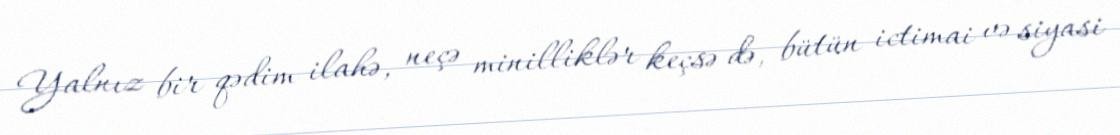
Yalnız bir qədim ilahə, neçə minilliklər keçsə də, bütün ictimai və siyasi